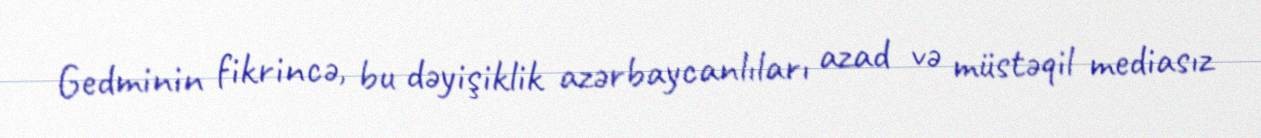
Gedminin fikrincə, bu dəyişiklik azərbaycanlıları azad və müstəqil mediasız